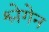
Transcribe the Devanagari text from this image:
श्लेगेन